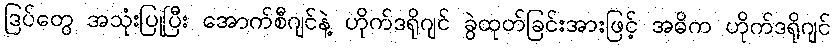
ဒြပ်တွေ အသုံးပြုပြီး အောက်စီဂျင်နဲ့ ဟိုက်ဒရိုဂျင် ခွဲထုတ်ခြင်းအားဖြင့် အဓိက ဟိုက်ဒရိုဂျင်